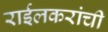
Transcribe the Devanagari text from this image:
राईलकरांची